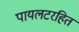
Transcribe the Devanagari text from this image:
पायलटरहित